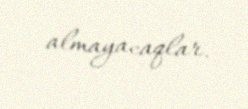
almayacaqlar.